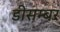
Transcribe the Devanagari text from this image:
डीसम्बर